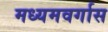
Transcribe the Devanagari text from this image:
मध्यमवर्गास